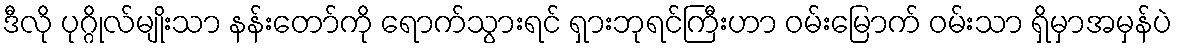
ဒီလို ပုဂ္ဂိုလ်မျိုးသာ နန်းတော်ကို ရောက်သွားရင် ရှားဘုရင်ကြီးဟာ ဝမ်းမြောက် ဝမ်းသာ ရှိမှာအမှန်ပဲ